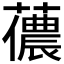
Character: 𧁓